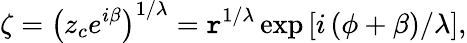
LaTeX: \zeta=\left(z_{c}e^{i\beta}\right)^{1/\lambda}=\mathtt{r}^{1/\lambda}\exp\left[i\left(\phi+\beta\right)/\lambda\right],